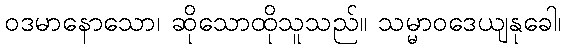
ဝဒမာနောသော၊ ဆိုသောထိုသူသည်။ သမ္မာဝဒေယျနုခေါ၊